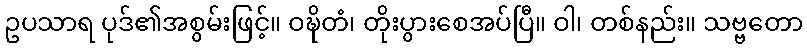
ဥပသာရ ပုဒ်၏အစွမ်းဖြင့်။ ဝဍ္ဎိတံ၊ တိုးပွားစေအပ်ပြီ။ ဝါ၊ တစ်နည်း။ သဗ္ဗတော